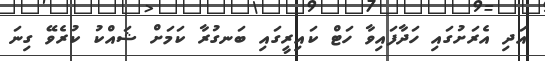
އަދި އެރަށުގައި ހަދާފައިވާ ހަޓް ކައިރީގައި ބަނގުރާ ކަމަށް ޝައްކު ކުރެވޭ ގިނަ